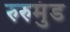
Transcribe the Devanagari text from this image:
रुरुमुंड